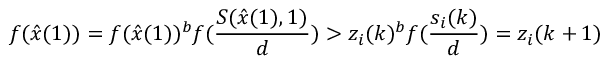
f ( \hat { x } ( 1 ) ) = f ( \hat { x } ( 1 ) ) ^ { b } f ( \frac { S ( \hat { x } ( 1 ) , 1 ) } { d } ) > z _ { i } ( k ) ^ { b } f ( \frac { s _ { i } ( k ) } { d } ) = z _ { i } ( k + 1 )